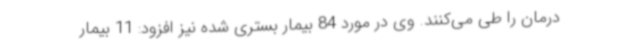
درمان را طی می‌کنند. وی در مورد 84 بیمار بستری شده نیز افزود: 11 بیمار